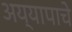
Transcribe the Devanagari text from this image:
अय्यापाचे